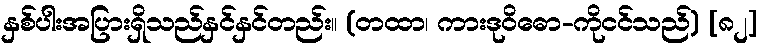
နှစ်ပါးအပြားရှိသည်နှင်နှင်တည်း။ (တထာ၊ ကားဒုဝိဓော-ကိုငင်သည်) [၈၂]